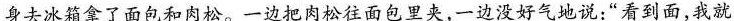
身去冰拿了孙包条肉松。一边把内恰往面包里夹，一边没好气地说：”看到面，我就